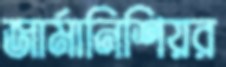
জার্মানিশিয়র